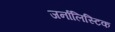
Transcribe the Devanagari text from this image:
जर्नालिस्टिक